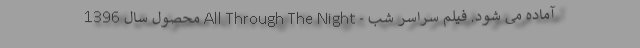
آماده می شود. فیلم سراسر شب - All Through The Night محصول سال 1396